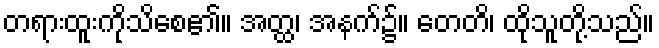
တရားထူးကိုသိစေ၏။ အတ္ထ၊ အနက်၌။ တေတိ၊ ထိုသူတို့သည်။